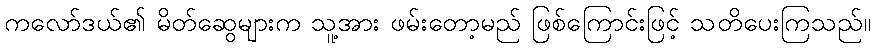
ကလော်ဒယ်၏ မိတ်ဆွေများက သူ့အား ဖမ်းတော့မည် ဖြစ်ကြောင်းဖြင့် သတိပေးကြသည်။